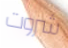
شروت